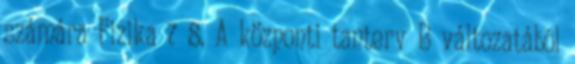
számára Fizika 7 8. A központi tanterv B változatából